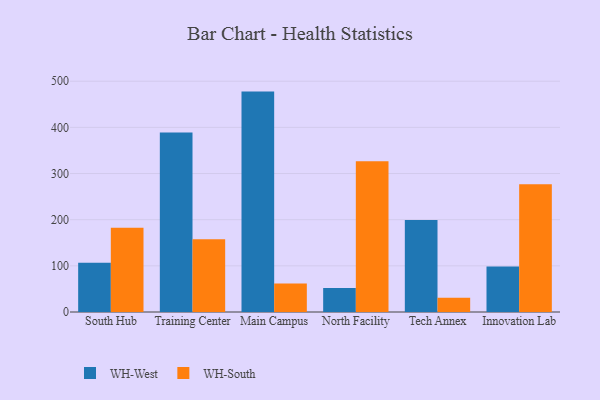
{"axis": {"x": "Campus", "y": "Customer Acquisition Cost (USD)"}, "legend": ["WH-South", "WH-West"], "data": [{"x": "South Hub", "y": 106.8, "type": "WH-West"}, {"x": "South Hub", "y": 182.4, "type": "WH-South"}, {"x": "Training Center", "y": 388.7, "type": "WH-West"}, {"x": "Training Center", "y": 157.5, "type": "WH-South"}, {"x": "Main Campus", "y": 477.5, "type": "WH-West"}, {"x": "Main Campus", "y": 61.8, "type": "WH-South"}, {"x": "North Facility", "y": 52.1, "type": "WH-West"}, {"x": "North Facility", "y": 326.7, "type": "WH-South"}, {"x": "Tech Annex", "y": 199.3, "type": "WH-West"}, {"x": "Tech Annex", "y": 30.7, "type": "WH-South"}, {"x": "Innovation Lab", "y": 98.8, "type": "WH-West"}, {"x": "Innovation Lab", "y": 276.6, "type": "WH-South"}]}